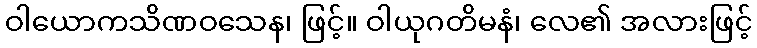
ဝါယောကသိဏဝသေန၊ ဖြင့်။ ဝါယုဂတိမနံ၊ လေ၏ အလားဖြင့်